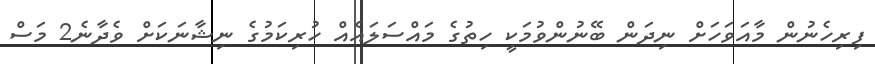
ފިރިހެނުން މާއަވަހަށް ނިދަން ބޭނުންވުމަކީ ހިތުގެ މައްސަލައެއް ހުރިކަމުގެ ނިޝާނަކަށް ވެދާނެ2 މަސް